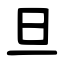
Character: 旦